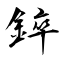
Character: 錊